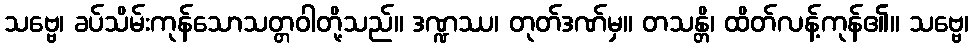
သဗ္ဗေ၊ ခပ်သိမ်းကုန်သောသတ္တဝါတို့သည်။ ဒဏ္ဍဿ၊ တုတ်ဒဏ်မှ။ တသန္တိ၊ ထိတ်လန့်ကုန်၏။ သဗ္ဗေ၊